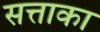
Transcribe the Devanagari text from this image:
सत्ताका